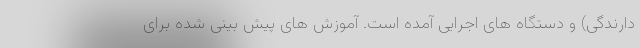
دارندگی) و دستگاه های اجرایی آمده است. آموزش های پیش بینی شده برای